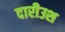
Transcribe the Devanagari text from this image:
दारीउश